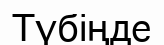
Түбіңде